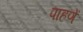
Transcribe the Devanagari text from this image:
पाहणें